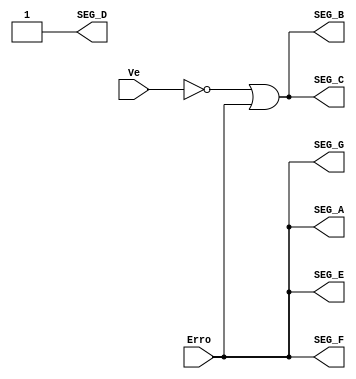
//Modulo Decodificador da entrada de agua
module decode_Entrada(Erro, Ve, SEG_A, SEG_B, SEG_C, SEG_D, SEG_E, SEG_F, SEG_G);

input Erro, Ve;

output SEG_A, SEG_B, SEG_C, SEG_D, SEG_E, SEG_F, SEG_G;

// Entradas negadas
wire N_Ve;
not Not0 (N_Ve, Ve);

// Funcionamento do Circuito

//SEGMENTO A

or Or0 (SEG_A, Erro, Erro);

//SEGMENTO B

or Or1 (SEG_B, N_Ve, Erro);

//SEGMENTO C

or or2 (SEG_C, N_Ve, Erro);

//SEGMENTO D

not not0 (SEG_D, 0);

//SEGMENTO E

or or3 (SEG_E, Erro, Erro);

//SEGMENTO F

or Or4 (SEG_F, Erro, Erro);

//SEGMENTO G

or or5 (SEG_G, Erro, Erro);

//SEGMENTO P

not (SEG_P, 0);

endmodule